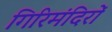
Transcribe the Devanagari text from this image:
गिरिमंदिरों